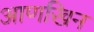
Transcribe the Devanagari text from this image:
आणखिन